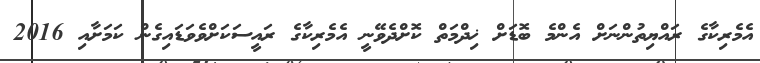
އެމެރިކާގެ ރައްޔިތުންނަށް އެންމެ ބޮޑަށް ޚިދްމަތް ކޮށްދެވޭނީ އެމެރިކާގެ ރައީސަކަށްވެވަޑައިގެން ކަމަށާއި 2016